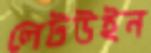
লেটউইন